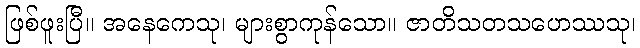
ဖြစ်ဖူးပြီ။ အနေကေသု၊ များစွာကုန်သော။ ဇာတိသတသဟေဿသု၊